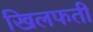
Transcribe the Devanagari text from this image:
खिलफती